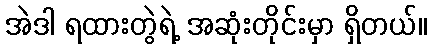
အဲဒါ ရထားတွဲရဲ့ အဆုံးတိုင်းမှာ ရှိတယ်။